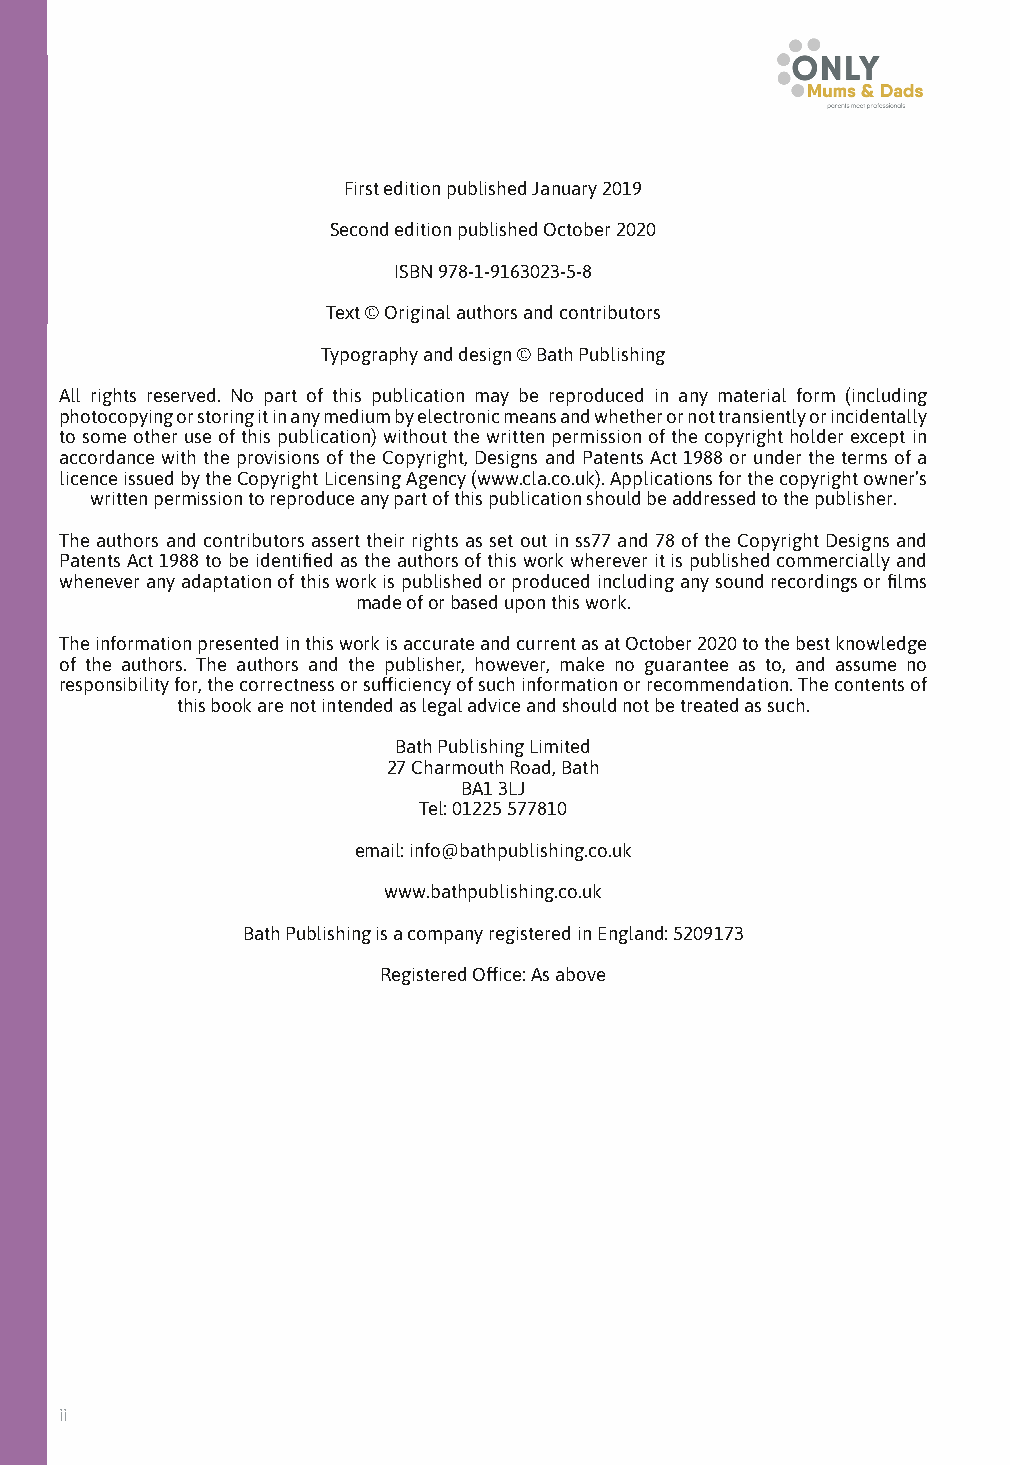
First edition published January 2019
 Second edition published October 2020
 ISBN 978-1-9163023-5-8
 Text © Original authors and contributors
 Typography and design © Bath Publishing
 All rights reserved. No part of this publication may be reproduced in any material form (including
 photocopying or storing it in any medium by electronic means and whether or not transiently or incidentally
 to some other use of this publication) without the written permission of the copyright holder except in
 accordance with the provisions of the Copyright, Designs and Patents Act 1988 or under the terms of a
 licence issued by the Copyright Licensing Agency (www.cla.co.uk). Applications for the copyright owner’s
 written permission to reproduce any part of this publication should be addressed to the publisher.
 The authors and contributors assert their rights as set out in ss77 and 78 of the Copyright Designs and
 Patents Act 1988 to be identified as the authors of this work wherever it is published commercially and
 whenever any adaptation of this work is published or produced including any sound recordings or films
 made of or based upon this work.
 The information presented in this work is accurate and current as at October 2020 to the best knowledge
 of the authors. The authors and the publisher, however, make no guarantee as to, and assume no
 responsibility for, the correctness or sufficiency of such information or recommendation. The contents of
 this book are not intended as legal advice and should not be treated as such.
 Bath Publishing Limited
 27 Charmouth Road, Bath
 BA1 3LJ
 Tel: 01225 577810
 email: info@bathpublishing.co.uk
 www.bathpublishing.co.uk
 Bath Publishing is a company registered in England: 5209173
 Registered Office: As above
 ii